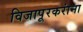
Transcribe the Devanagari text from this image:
विजापूरकरांना